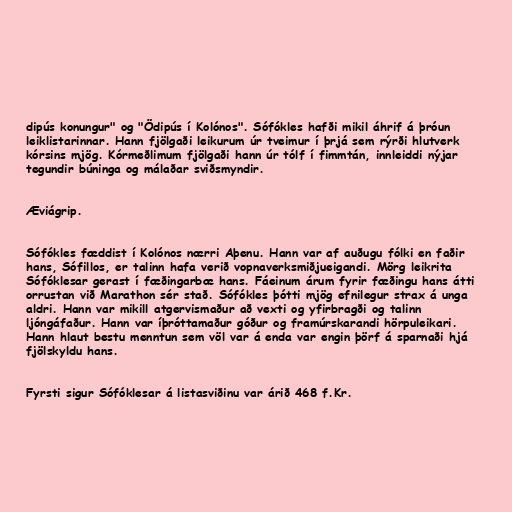
dipús konungur" og "Ödipús í Kolónos". Sófókles hafði mikil áhrif á þróun
leiklistarinnar. Hann fjölgaði leikurum úr tveimur í þrjá sem rýrði hlutverk
kórsins mjög. Kórmeðlimum fjölgaði hann úr tólf í fimmtán, innleiddi nýjar
tegundir búninga og málaðar sviðsmyndir.

Æviágrip.

Sófókles fæddist í Kolónos nærri Aþenu. Hann var af auðugu fólki en faðir
hans, Sófillos, er talinn hafa verið vopnaverksmiðjueigandi. Mörg leikrita
Sófóklesar gerast í fæðingarbæ hans. Fáeinum árum fyrir fæðingu hans átti
orrustan við Marathon sér stað. Sófókles þótti mjög efnilegur strax á unga
aldri. Hann var mikill atgervismaður að vexti og yfirbragði og talinn
ljóngáfaður. Hann var íþróttamaður góður og framúrskarandi hörpuleikari.
Hann hlaut bestu menntun sem völ var á enda var engin þörf á sparnaði hjá
fjölskyldu hans.

Fyrsti sigur Sófóklesar á listasviðinu var árið 468 f.Kr.